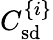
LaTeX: C_{\mathrm{sd}}^{\lbrace i\rbrace}